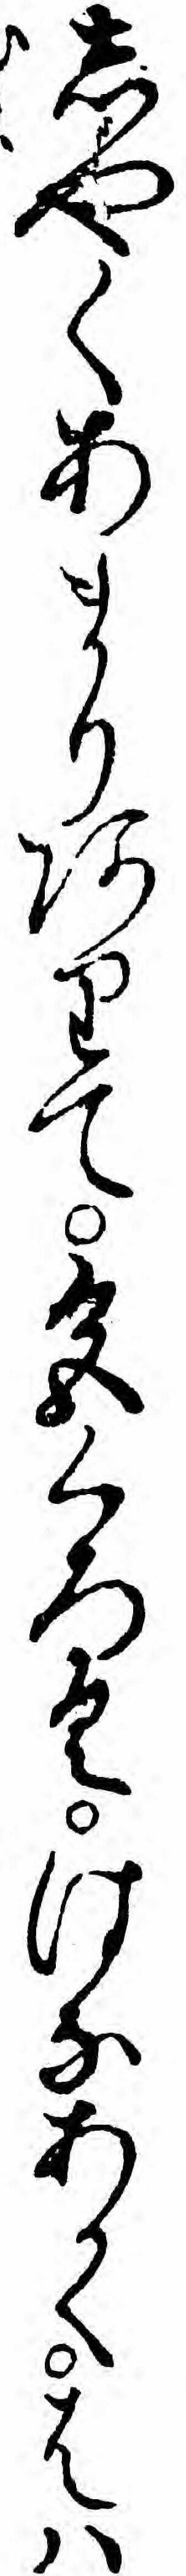
しやくあまりありて色くろくはなあかくはハ